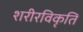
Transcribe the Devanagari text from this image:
शरीरविकृति